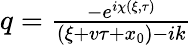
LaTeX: \begin{array}{r}{q=\frac{-e^{i\chi(\xi,\tau)}}{(\xi+v\tau+x_{0})-ik}}\end{array}